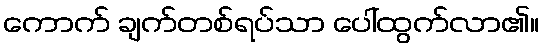
ကောက် ချက်တစ်ရပ်သာ ပေါ်ထွက်လာ၏။